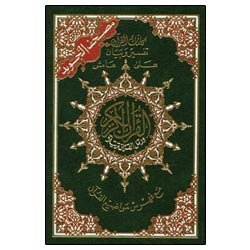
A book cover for Tajweed Qur'an (Whole Qur'an, Medium Size) (Arabic Edition); Dar Al Marifah (Publisher not Author); Religion & Spirituality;